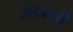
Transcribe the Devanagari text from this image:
रेडिमनी